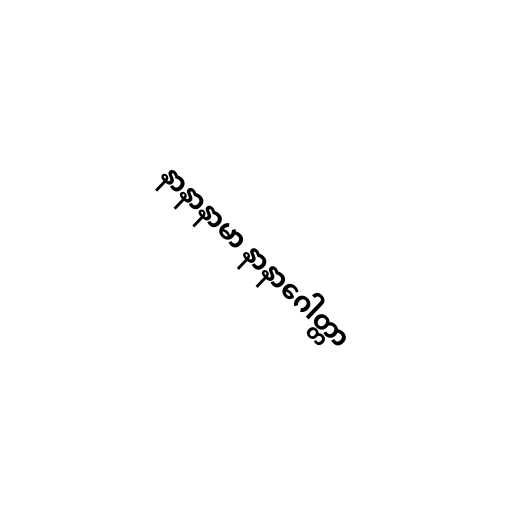
နာနာနာမာ နာနာဂေါတ္တာ